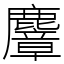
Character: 麞